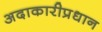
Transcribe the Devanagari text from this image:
अदाकारीप्रधान